Plague in India, 1896, 1897 - Volume 2
Year: 1896
Disease focus: Plague
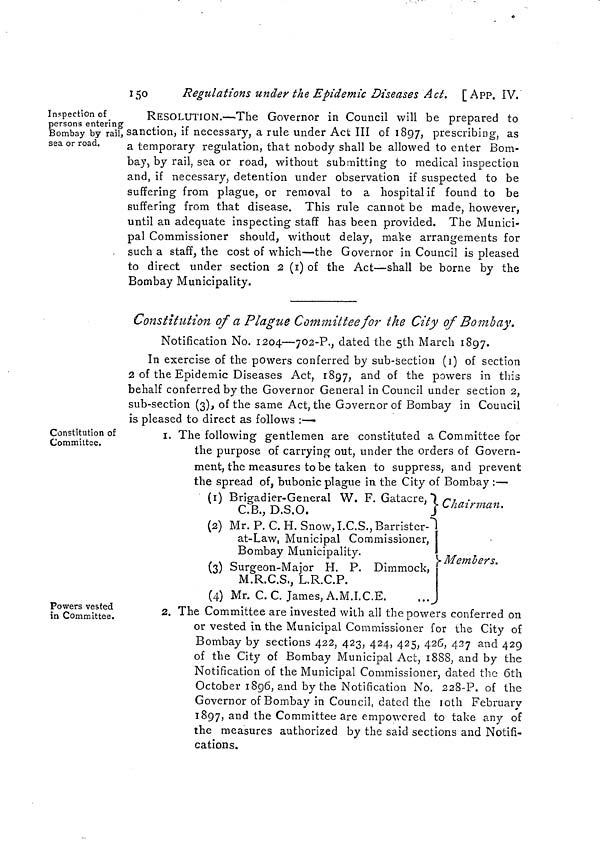
150
Regulations under the Epidemic Diseases Act. [A PP. IV.
inspection of
persons entering
Bombay by rail,
sea or road.
RESOLUTION.—The Governor in Council will be prepared to
sanction, if necessary, a rule under Act III of 1897, prescribing, as
a temporary regulation, that nobody shall be allowed to enter Bom-
bay, by rail, sea or road, without submitting to medical inspection
and, if necessary, detention under observation if suspected to be
suffering from plague, or removal to a hospital if found to be
suffering from that disease. This rule cannot be made, however,
until an adequate inspecting staff has been provided. The Munici-
pal Commissioner should, without delay, make arrangements for
such a staff, the cost of which—the Governor in Council is pleased
to direct under section 2 (i) of the Act—shall be borne by the
Bombay Municipality.
Constitution of a Plague Committee for the City of Bombay.
Notification No. 1204—702-P., dated the 5th March 1897.
In exercise of the powers conferred by sub-section (i) of section
2 of the Epidemic Diseases Act, 1897, and of the powers in this
behalf conferred by the Governor General in Council under section 2,
sub-section (3), of the same Act, the Governor of Bombay in Council
is pleased to direct as follows :—
Constitution of
Committee.
i. The following gentlemen are constituted a Committee for
the purpose of carrying out, under the orders of Govern-
ment, the measures to be taken to suppress, and prevent
the spread of, bubonic plague in the City of Bombay :—
(0)
(2)
(3)
(4)
Brigadier-General W. F. Gatacre,
C.B., D.S.O.
Mr. P. C. H. Snow, I.C.S., Barrister-
at-Law, Municipal Commissioner,
Bombay Municipality.
Surgeon-Major H. P. Dimmock,
M.R.C.S., L.R.C.P.
Mr. C. C. James, A.M.I.C.E.
Chairman.
Members.
Powers vested
in Committee.
2. The Committee are invested with all the powers conferred on
or vested in the Municipal Commissioner for the City of
Bombay by sections 422, 423, 424, 425, 426, 427 and 429
of the City of Bombay Municipal Act, 1888, and by the
Notification of the Municipal Commissioner, dated the 6th
October 1896, and by the Notification No. 228-P. of the
Governor of Bombay in Council, dated the l0th February
1897, and the Committee are empowered to take any of
the measures authorized by the said sections and Notifi-
cations.